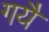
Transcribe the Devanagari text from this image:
गयै